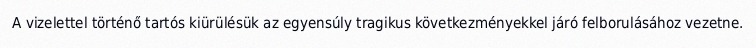
A vizelettel történő tartós kiürülésük az egyensúly tragikus következményekkel járó felborulásához vezetne.